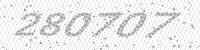
Solution: 280707